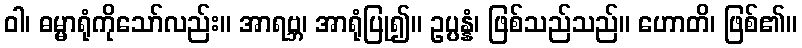
ဝါ၊ ဓမ္မာရုံကိုသော်လည်း။ အာရဗ္ဘ၊ အာရုံပြု၍။ ဥပ္ပန္နံ၊ ဖြစ်သည်သည်။ ဟောတိ၊ ဖြစ်၏။